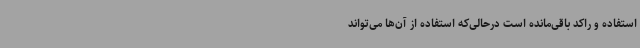
استفاده و راکد باقی‌مانده است درحالی‌که استفاده از آن‌ها می‌تواند